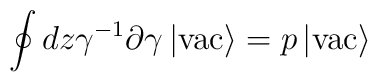
\oint dz \gamma^{-1}\partial\gamma \left|{\rm vac}\right> =      p\left|{\rm vac}\right>